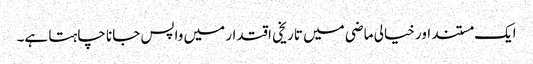
ایک مستند اور خیالی ماضی میں تاریخی اقتدار میں واپس جانا چاہتا ہے۔